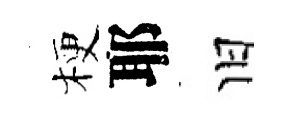
梗耶旧